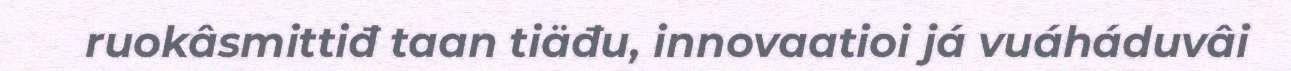
ruokâsmittiđ taan tiäđu, innovaatioi já vuáháduvâi